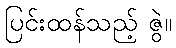
ပြင်းထန်သည့် ဇွဲ။